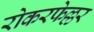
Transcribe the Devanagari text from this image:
रोकरफेल्लर